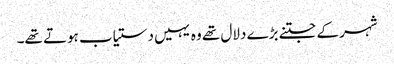
شہر کے جتنے بڑے دلال تھے وہ یہیں دستیاب ہوتے تھے۔